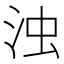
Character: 浊